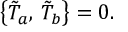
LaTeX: \bigl \{ \tilde { T } _ { a } , \, \tilde { T } _ { b } \bigr \} = 0 .